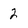
Character: 2